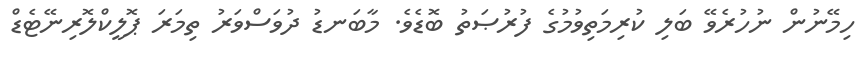
ހިމޭނުން ނުހުރެވޭ ބަލި ކުރިމަތިވުމުގެ ފުރުޞަތު ބޮޑެވެ. މާބަނޑު ދުވަސްވަރު ތިމަރަ ޕޮލީކްލޮރިނޭޓެޑް